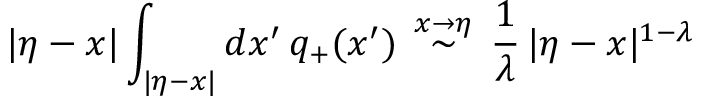
| \eta - x | \int _ { | \eta - x | } d x ^ { \prime } \, q _ { + } ( x ^ { \prime } ) \, \stackrel { x \to \eta } \sim \, \frac { 1 } { \lambda } \, | \eta - x | ^ { 1 - \lambda }